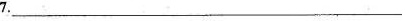
7.________________